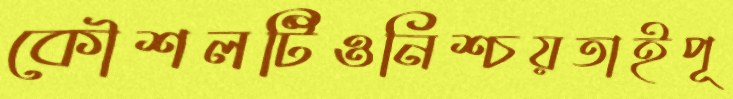
কৌশলটিওনিশ্চয়তাইপূ